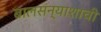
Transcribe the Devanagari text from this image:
बालसंन्याशाची